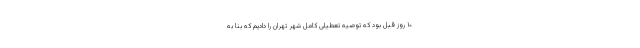
۱۰ روز قبل بود که توصیه تعطیلی کامل شهر تهران را دادیم که بنا به